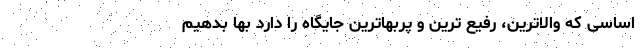
اساسی که والاترین، رفیع ترین و پربهاترین جایگاه را دارد بها بدهیم